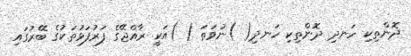
ދޮންތިކި ހަނދި ދޮންތިކި ހަނދި( )ނުވަތަ ( )އަކީ ރާއްޖޭގެ ފަރުފަޅުތަކުގެ ބޭރުގައި